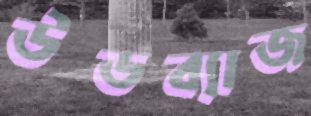
উডব্যাজ